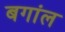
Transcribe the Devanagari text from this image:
बगांल